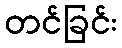
တင်ခြင်း